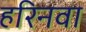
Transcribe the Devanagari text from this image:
हरिनवा